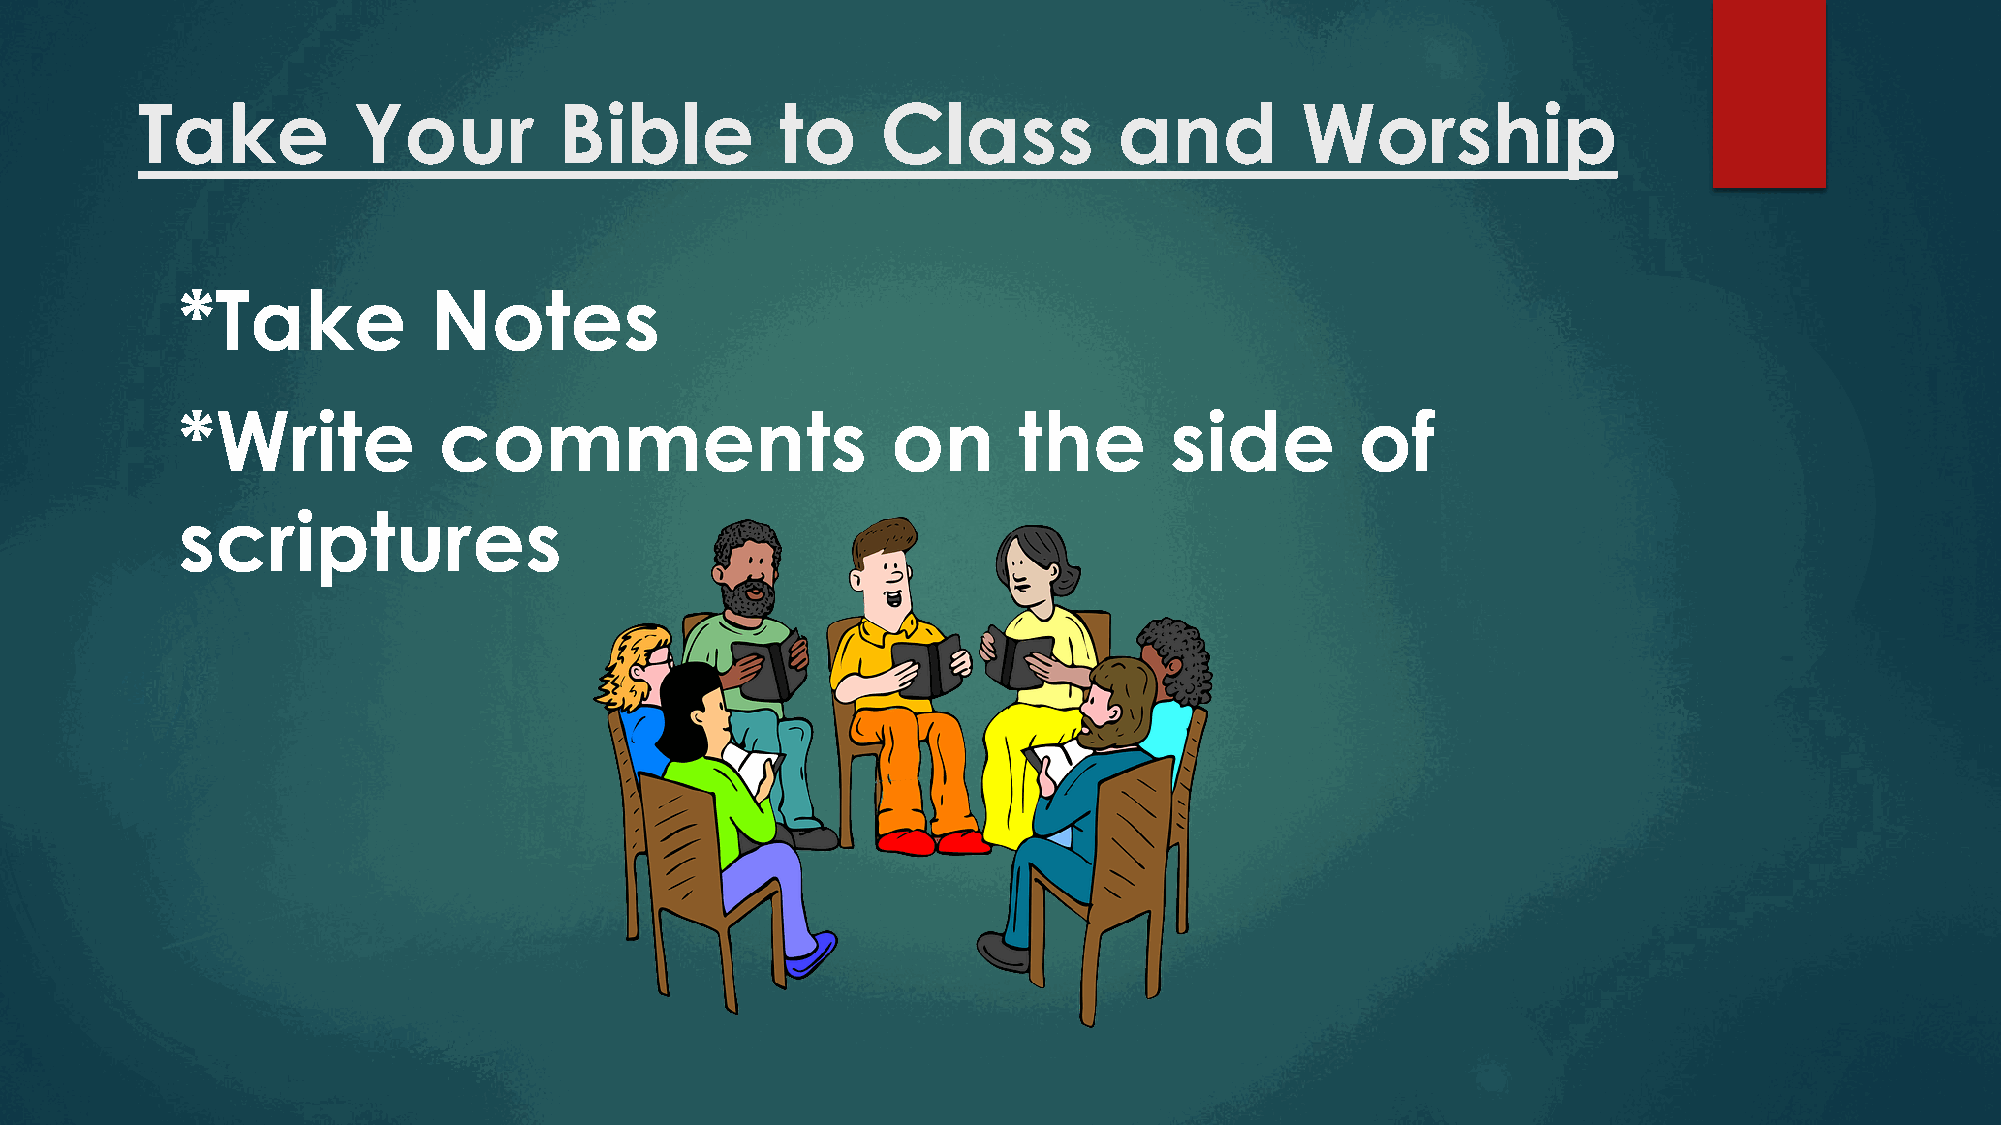
Take          Your          Bible          to    Class           and         Worship
 *Take           Notes
 *Write           comments                      on      the       side         of
 scriptures